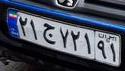
۲۱ج۷۲۱۹۱